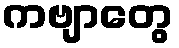
ကဗျာတွေ